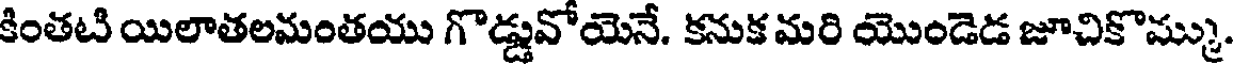
కింతటి యిలాతలమంతయు గొడ్డువోయెనే. కనుక మరి యొండెడ జూచికొమ్ము.